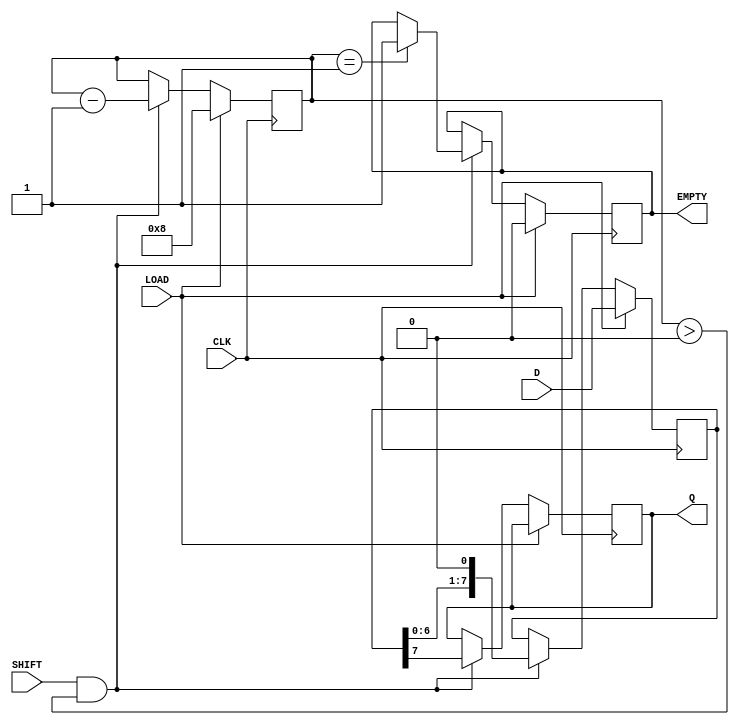
module PISO_Register #(
    parameter WIDTH = 8  // Parameter to define the width of the register
)(
    input wire [WIDTH-1:0] D,    // Parallel data input
    input wire CLK,               // Clock signal
    input wire LOAD,              // Load enable signal
    input wire SHIFT,             // Shift enable signal
    output reg Q,                 // Serial output
    output reg EMPTY              // Empty status signal
);

    reg [WIDTH-1:0] shift_reg;    // Shift register to hold the data
    reg [3:0] count;              // Counter to track the number of bits shifted out

    always @(posedge CLK) begin
        if (LOAD) begin
            // Load data into the shift register
            shift_reg <= D;
            count <= WIDTH;        // Initialize count to the width of the input
            EMPTY <= 1'b0;        // Set EMPTY to low since we have data
        end else if (SHIFT && count > 0) begin
            // Shift data out serially
            Q <= shift_reg[WIDTH-1]; // Output the most significant bit
            shift_reg <= {shift_reg[WIDTH-2:0], 1'b0}; // Shift left
            count <= count - 1;    // Decrement the count
            if (count == 1) begin
                EMPTY <= 1'b1;      // Set EMPTY when all bits have been shifted out
            end
        end
    end

    // Initialize EMPTY signal on reset or when no data is loaded
    initial begin
        EMPTY = 1'b1;              // Initially, the register is empty
        Q = 1'b0;                  // Initialize serial output to 0
    end

endmodule